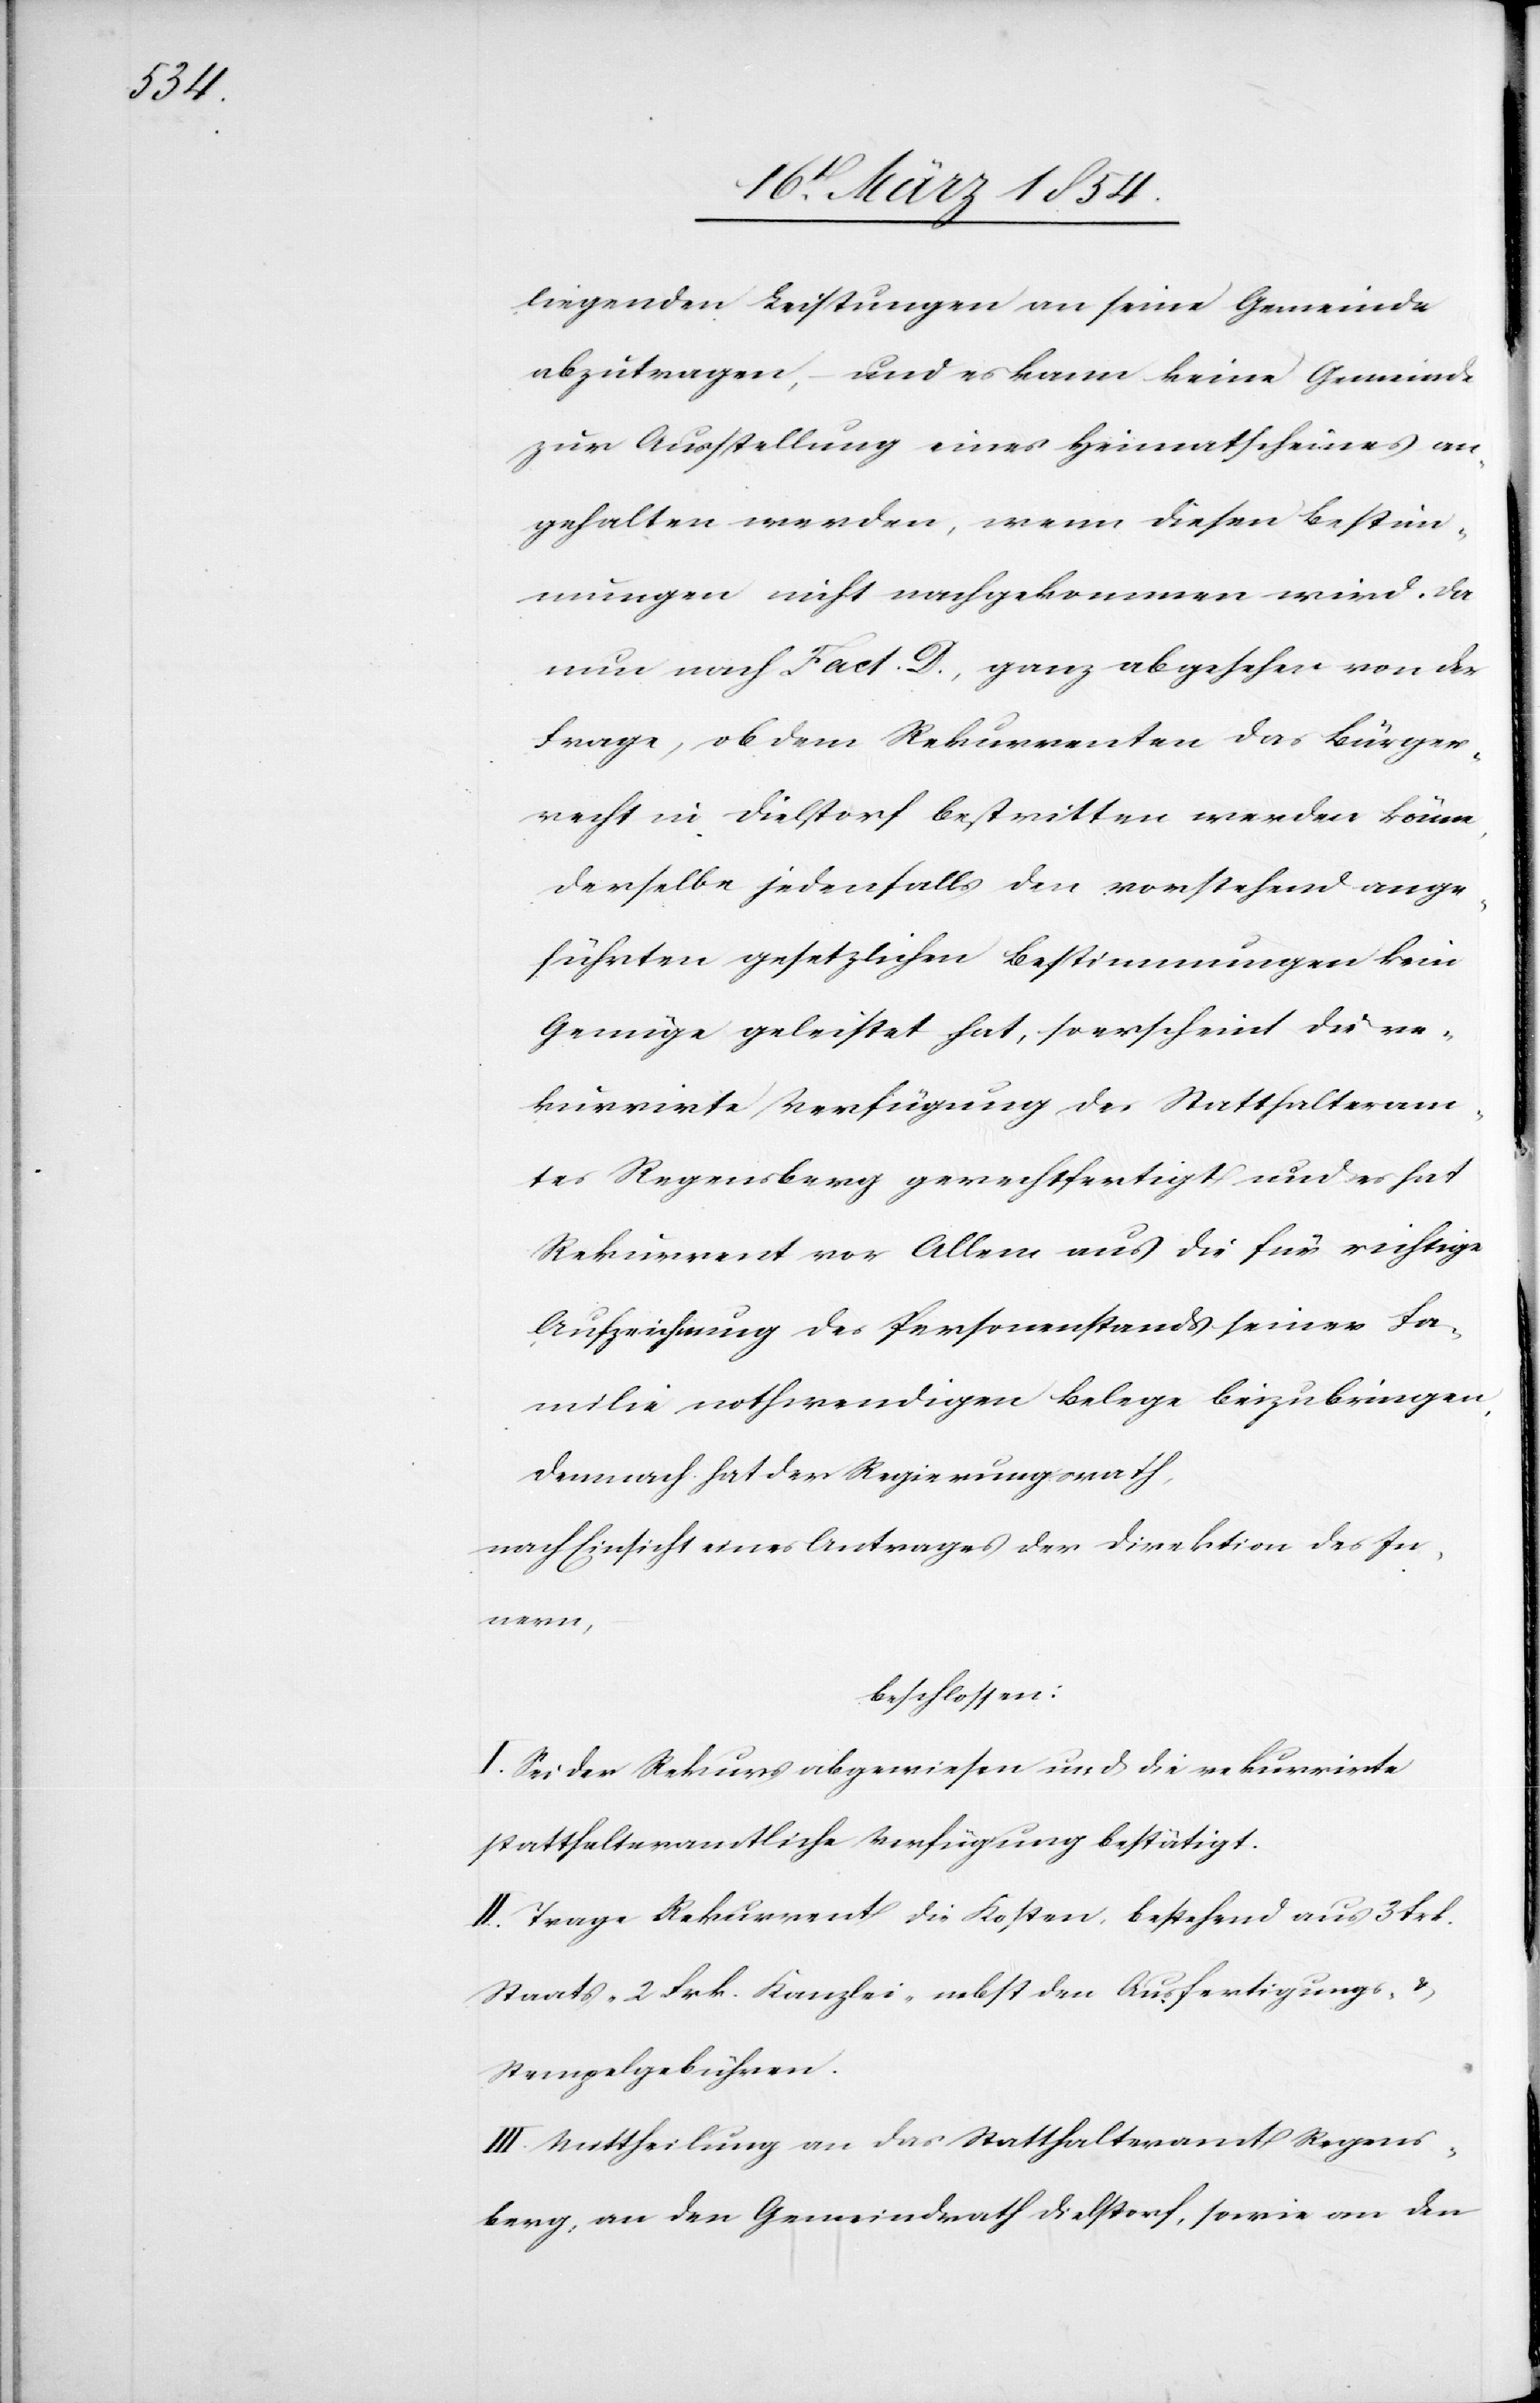
liegenden Leistungen an seine Gemeinde
abzutragen, – und es kann keine Gemeinde
zur Ausstellung eines Heimatscheines an¬
gehalten werden, wenn diesen Bestim¬
mungen nicht nachgekommen wird. Da
nun nach Fact. D., ganz abgesehen von der
Frage, ob dem Rekurrenten das Bürger¬
recht in Dielstorf bestritten werden könne,
derselbe jedenfalls den vorstehend ange¬
führten gesetzlichen Bestimmungen kein
Genüge geleistet hat, so erscheint die re¬
kurrirte Verfügung des Statthalteram¬
tes Regensberg gerechtfertigt und es hat
Rekurrent vor Allem aus die für richtige
Aufzeichnung des Personenstands seiner Fa¬
milie nothwendigen Belege beizubringen,
demnach hat der Regierungsrath,
nach Einsicht eines Antrages der Direktion des In¬
nern,
beschlossen:
I. Sei der Rekurs abgewiesen und die rekurrirte
statthalteramtliche Verfügung bestätigt.
II. Trage Rekurrent die Kosten, bestehend aus 3 Frk.
Staats-[,] 2 Frk. Kanzlei-[,] nebst den Ausfertigungs-
Stempelgebühren.
III. Mittheilung an das Statthalteramt Regens¬
berg, an den Gemeindrath Dielstorf, sowie an den